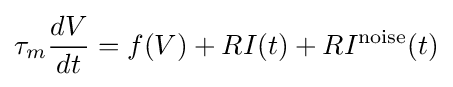
\tau _{m}{\frac {dV}{dt}}=f(V)+RI(t)+RI^{\text{noise}}(t)